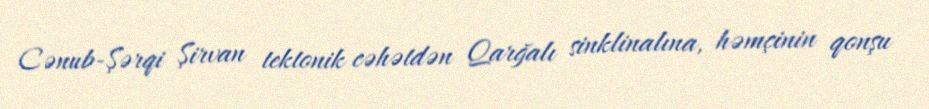
Cənub-Şərqi Şirvan tektonik cəhətdən Qarğalı sinklinalına, həmçinin qonşu